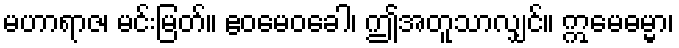
မဟာရာဇ၊ မင်းမြတ်။ ဧဝမေဝခေါ၊ ဤအတူသာလျှင်။ ဣမေဓမ္မာ၊